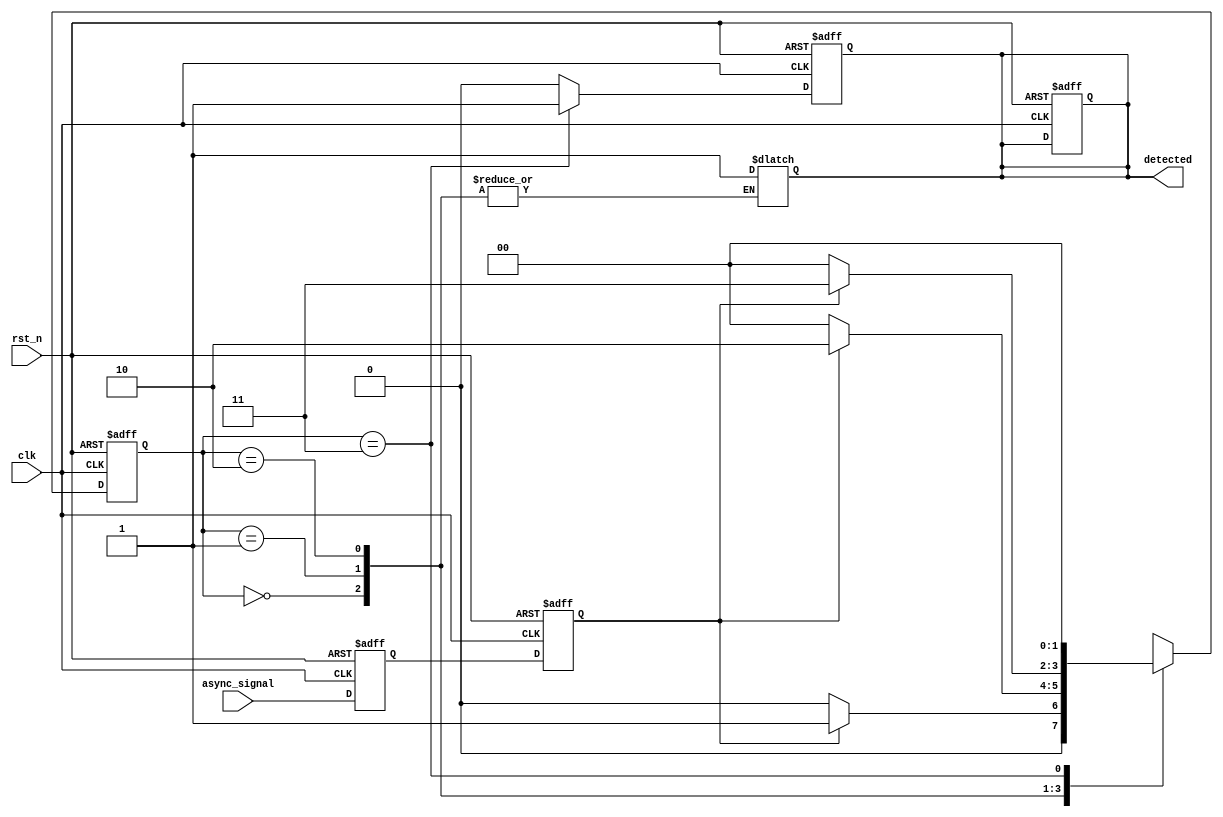
module dual_ff_detector (
    input wire clk,               // Clock signal
    input wire rst_n,             // Active low reset
    input wire async_signal,      // Asynchronous input signal
    output reg detected           // Output signal indicating pattern detection
);

    // State definitions
    reg ff1, ff2;                 // Dual flip-flops
    reg [1:0] state;              // State register for pattern detection
    reg [1:0] next_state;         // Next state register

    // Memory block to store intermediate states
    reg [1:0] memory_block;       // Memory block for storing states

    // State encoding for pattern detection
    localparam IDLE = 2'b00;
    localparam PATTERN1 = 2'b01;  // Example pattern state
    localparam PATTERN2 = 2'b10;  // Another example pattern state
    localparam DETECTED = 2'b11;  // Detected state

    // Sequential logic for flip-flops
    always @(posedge clk or negedge rst_n) begin
        if (!rst_n) begin
            ff1 <= 1'b0;
            ff2 <= 1'b0;
            state <= IDLE;
            detected <= 1'b0;
        end else begin
            ff1 <= async_signal;       // Sample the asynchronous signal
            ff2 <= ff1;                // Second flip-flop for synchronization
            state <= next_state;       // Update state
        end
    end

    // Combinational logic for state transition
    always @(*) begin
        case (state)
            IDLE: begin
                if (ff2) begin
                    next_state = PATTERN1; // Transition to pattern state
                end else begin
                    next_state = IDLE;
                end
            end
            PATTERN1: begin
                if (ff2) begin
                    next_state = PATTERN2; // Transition to next pattern state
                end else begin
                    next_state = IDLE;
                end
            end
            PATTERN2: begin
                if (ff2) begin
                    next_state = DETECTED; // Detected state
                end else begin
                    next_state = IDLE;
                end
            end
            DETECTED: begin
                detected = 1'b1;          // Assert detected signal
                next_state = IDLE;        // Reset to IDLE after detection
            end
            default: begin
                next_state = IDLE;        // Default state
            end
        endcase
    end

    // Output logic
    always @(posedge clk or negedge rst_n) begin
        if (!rst_n) begin
            detected <= 1'b0;          // Reset detected signal
        end else if (state == DETECTED) begin
            detected <= 1'b1;          // Assert detected signal
        end else begin
            detected <= 1'b0;          // Deassert detected signal
        end
    end

endmodule